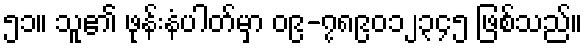
၅၁။ သူ၏ ဖုန်းနံပါတ်မှာ ၀၉-၇၈၉၀၁၂၃၄၅ ဖြစ်သည်။